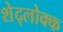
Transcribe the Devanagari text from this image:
शेद्लोक्क